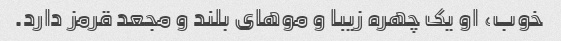
خوب، او یک چهره زیبا و موهای بلند و مجعد قرمز دارد.